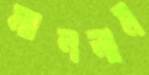
মানলাম